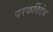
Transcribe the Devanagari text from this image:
परकर्दिदेव